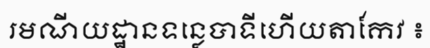
រមណីយដ្ឋានទន្លេបាទីហើយតាកែវ ៖